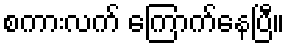
စကားလက် ကြောက်နေပြီ။